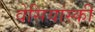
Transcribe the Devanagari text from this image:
वेसियांस्की